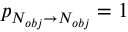
p _ { N _ { o b j } \to N _ { o b j } } = 1